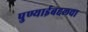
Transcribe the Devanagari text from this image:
पुण्याईबद्दलचा